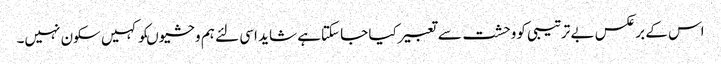
اس کے برعکس بے ترتیبی کووحشت سے تعبیرکیا جا سکتاہے شاید اسی لئے ہم وحشیوںکو کہیں سکون نہیں۔